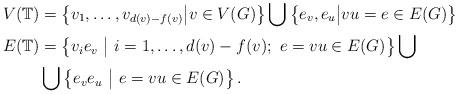
LaTeX: \begin{align*}V(\mathbb{T})&=\left\{ v_1,\ldots, v_{d(v)-f(v)} \big | v\in V(G) \right \} \bigcup \left \{ e_v, e_u \big | vu=e\in E(G) \right \} \\E(\mathbb{T})&= \left\{v_ie_v \ \big | \ i=1,\ldots, d(v)-f(v); \ e=vu\in E(G) \right \} \bigcup \\& \bigcup \left \{ e_ve_u \ \big | \ e=vu\in E(G) \right \}.\end{align*}